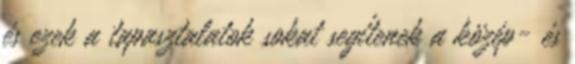
és ezek a tapasztalatok sokat segítenek a közép- és